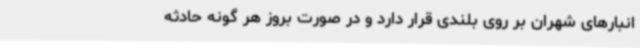
انبارهای شهران بر روی بلندی قرار دارد و در صورت بروز هر گونه حادثه